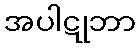
အပါဋုဘာ